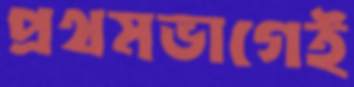
প্রথমভাগেই